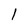
Character: 1